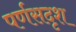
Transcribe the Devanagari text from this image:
पर्णसदृश